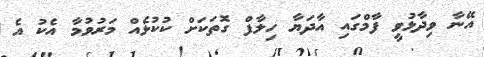
އޭނާ ވިދާޅުވީ ފާމްގައި އާދަޔާ ހިލާފް ގޮތަކަށް ކުކުޅެއް މަރުވުމާ އެކު އެ